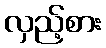
လှည့်စား